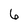
Character: 6